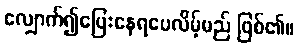
လျှောက်၍ပြေးနေရပေလိမ့်မည် ဖြစ်၏။